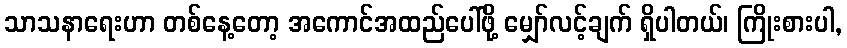
သာသနာရေးဟာ တစ်နေ့တော့ အကောင်အထည်ပေါ်ဖို့ မျှော်လင့်ချက် ရှိပါတယ်၊ ကြိုးစားပါ,